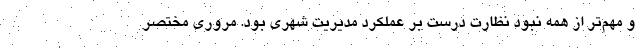
و مهم‌تر از همه نبود نظارت درست بر عملکرد مدیریت شهری بود. مروری مختصر